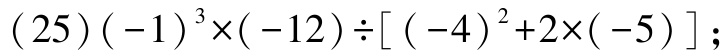
\((25)(-1)^{3}\times(-12)\div[(-4)^{2}+2\times(-5)]\);